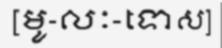
[មូ-លៈ-ទោស]